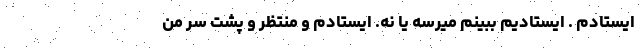
ایستادم . ایستادیم ببینم میرسه یا نه. ایستادم و منتظر و پشت سر من